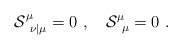
\begin{align*}{\cal S}^\mu_{\ \nu | \mu} =0 \ , \quad {\cal S}^\mu_{\ \mu} = 0 \ .\end{align*}